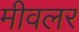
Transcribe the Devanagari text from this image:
मीवलर